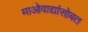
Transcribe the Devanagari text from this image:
माओवाद्यांसोबत